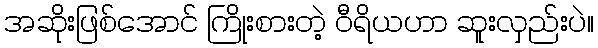
အဆိုးဖြစ်အောင် ကြိုးစားတဲ့ ဝီရိယဟာ ဆူးလှည်းပဲ။